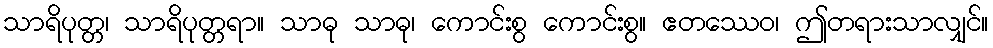
သာရိပုတ္တ၊ သာရိပုတ္တရာ။ သာဓု သာဓု၊ ကောင်းစွ ကောင်းစွ။ ဧတဿေဝ၊ ဤတရားသာလျှင်။